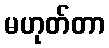
မဟုတ်တာ